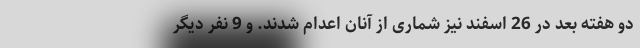
دو هفته بعد در 26 اسفند نیز شماری از آنان اعدام شدند. و 9 نفر دیگر